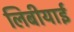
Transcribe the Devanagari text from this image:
लिबीयाई